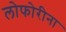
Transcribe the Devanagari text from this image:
लोफोरीना